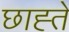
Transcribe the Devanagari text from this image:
छाह्ते